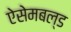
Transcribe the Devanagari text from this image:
ऐसेमबल्ड